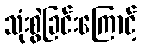
သုံးစွဲခြင်းကြောင့်